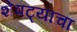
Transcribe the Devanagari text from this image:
शेपट्याचा